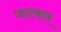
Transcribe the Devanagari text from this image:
जास्कार